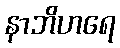
နာဘိဟရေ